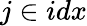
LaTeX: j\in idx